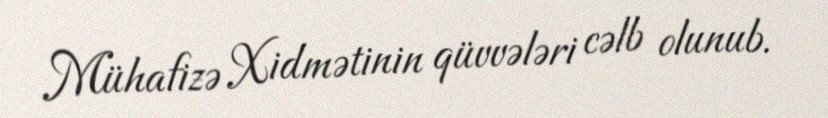
Mühafizə Xidmətinin qüvvələri cəlb olunub.